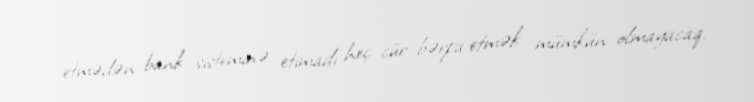
etmədən bank sisteminə etimadı heç cür bərpa etmək mümkün olmayacaq.